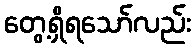
တွေ့ရှိရသော်လည်း